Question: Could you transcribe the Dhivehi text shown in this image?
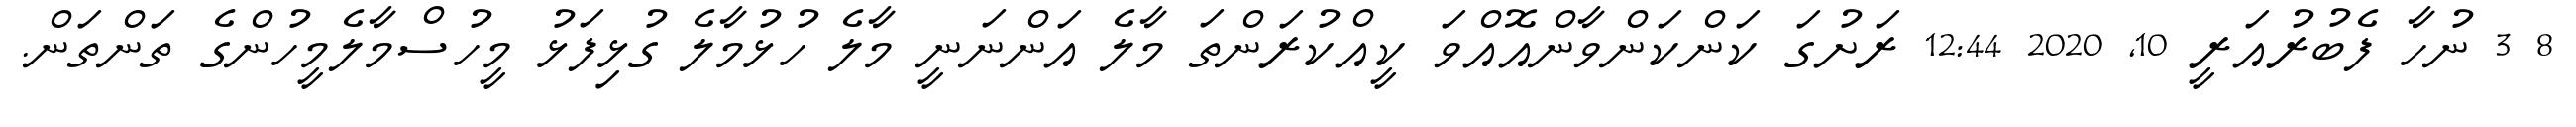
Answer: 8 3 ނުހާ ފެބުރުއަރީ 10, 2020 12:44 ރަށުގަ ކަންކަންވާންއޮއްވަ ކީއްކުރަންތަ މާލެ އަންނަނީ މާލެ ހުޅުމާލެ ގުޅިފަޅު މީހުސްމާލެމީހުންގެ ތަންތަން.